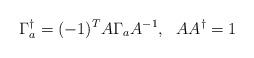
\begin{align*}\Gamma_a^{\dagger}=(-1)^T A\Gamma_a A^{-1},~~AA^{\dagger} = 1\end{align*}